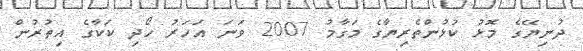
ދުނިޔޭގެ މޮޅު ކުޅުންތެރިޔާގެ މަގާމު 2007 ވަނަ އަހަރު ހޯދި ކަކާގެ އިތުރުން